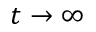
t \rightarrow \infty